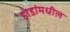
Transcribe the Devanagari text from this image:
हाडांमधील